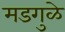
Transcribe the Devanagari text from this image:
मडगुळे